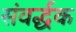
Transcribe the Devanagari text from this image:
संवर्द्धक